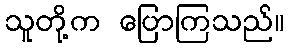
သူတို့က ပြောကြသည်။